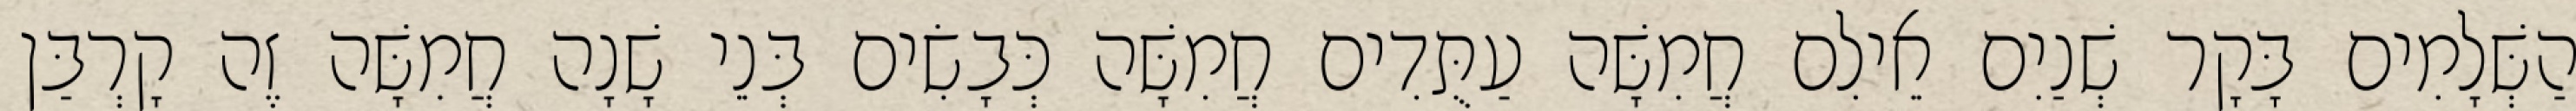
הַשְּׁלָמִים בָּקָר שְׁנַיִם אֵילִם חֲמִשָּׁה עַתֻּדִים חֲמִשָּׁה כְּבָשִׂים בְּנֵי שָׁנָה חֲמִשָּׁה זֶה קָרְבַּן